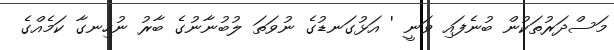
މަސްދަރުތަކުން ބުނެފައި ވަނީ ' އަޅުގަނޑުގެ ނުވަތަ ލުބުނާނުގެ ބާރު ނުހިނގާ ކަމެއްގެ